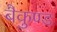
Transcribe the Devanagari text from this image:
बैकुण्ड